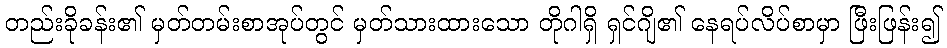
တည်းခိုခန်း၏ မှတ်တမ်းစာအုပ်တွင် မှတ်သားထားသော တိုဂါရှိ ရှင်ဂျိ၏ နေရပ်လိပ်စာမှာ ဖြီးဖြန်း၍